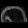
Digit: ၈